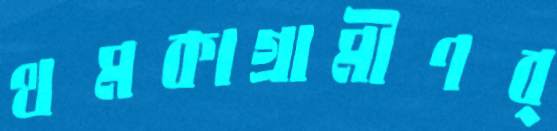
থমকাগ্রামীণব্